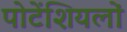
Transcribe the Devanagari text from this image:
पोटेंशियलों